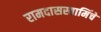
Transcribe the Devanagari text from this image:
रामदासस्वामिंचे